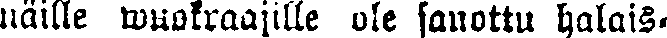
näille wuokraajille ole sanottu halais-